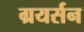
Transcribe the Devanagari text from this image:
ग्रयर्सन